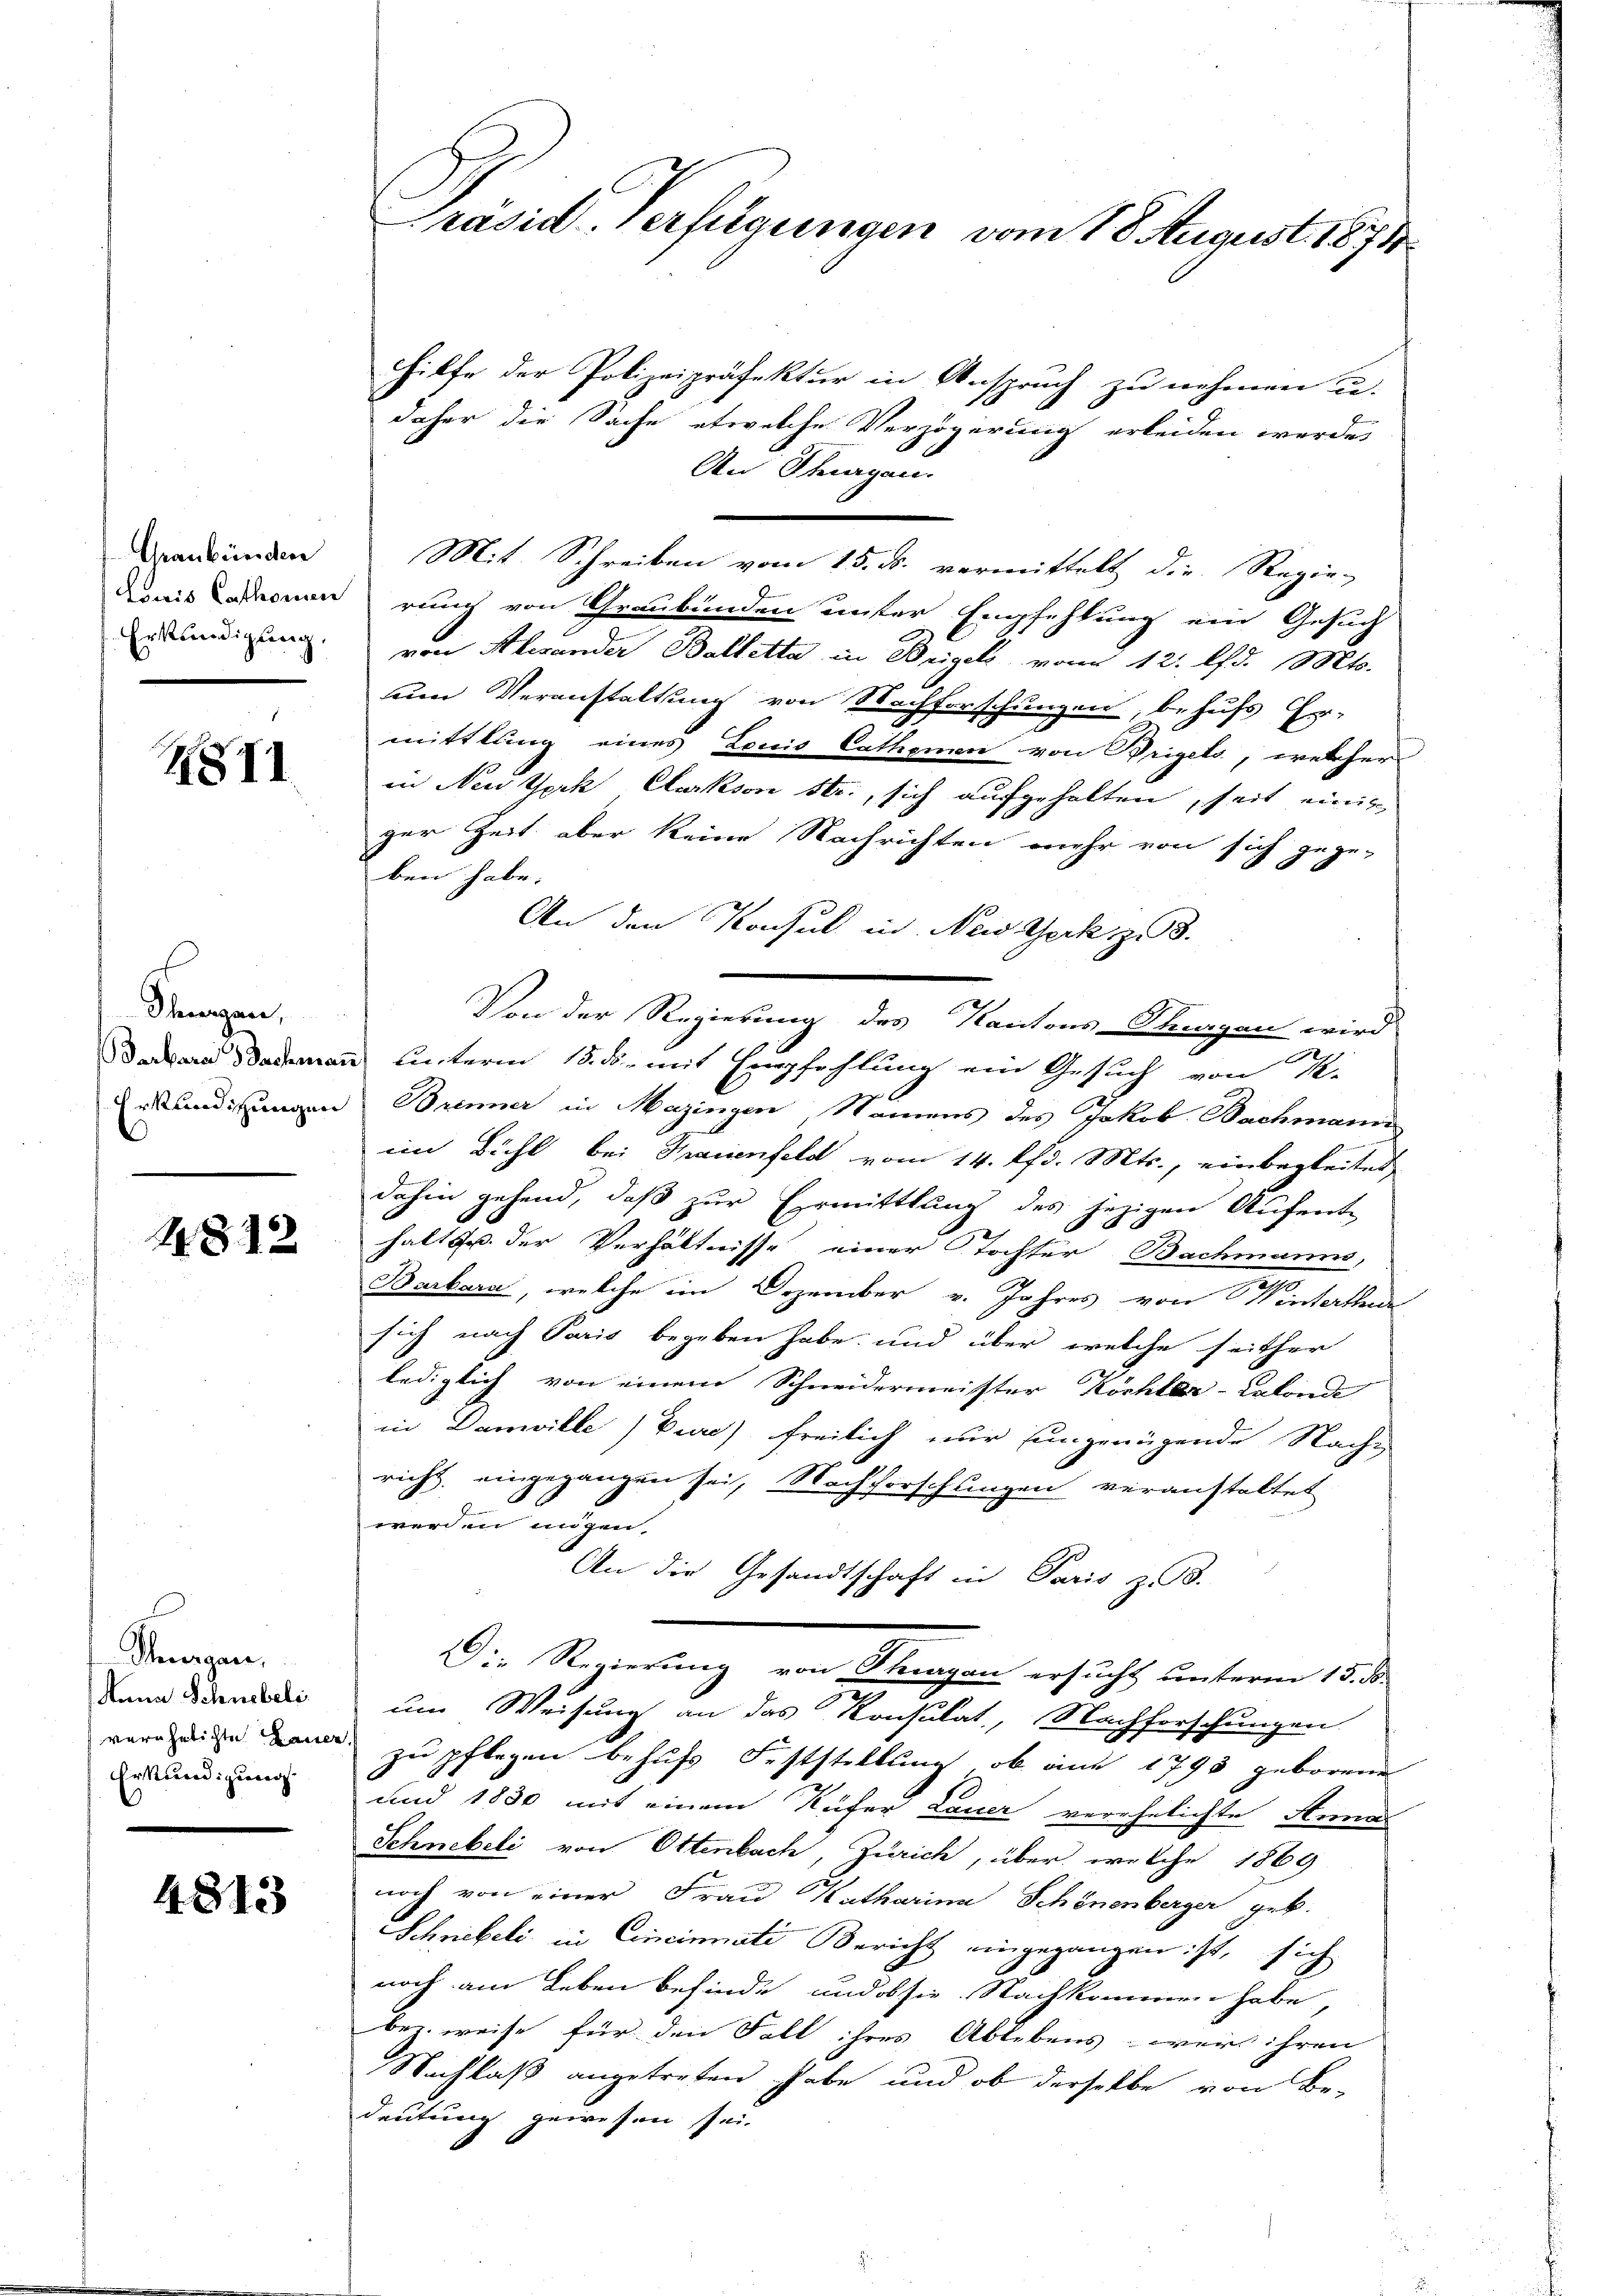
Graubünden
wis Cathomen
Erkundigung.

2811

Thurgau,
Darbara Sacheman
Erkundigungen

4812

Thurgau,
Anna Schnebeli
verehelichte Daue
Erkundigung

4813

räsid. Verfügungen vom 18 August 1878

Hilfe der Polizeipräfektur in Anspruch zu nehmen u.
daher die Sache etwelche Verzögerung erleiden werde,
An Stiegen.
6
Mit Schreiben vom 15. ds. vermittelt die Regie-
rung von Graubünden unter Empfehlung ein Gesuch
von Alexander Balletta in Beigels vom 12. lfd. Mts.
um Veranstaltung von Nachforschungen, behufs Er-
mittlung eines Louis Cathemen von Brigets, welcher
in Nestock Clarkson str., sich aufgehalten, seit einig
ger Zeit aber keine Nachrichten mehr von sich gege-
ben habe.
An den Konsul in New York z.
Cisterm 15. ds. mit Empfehlung ein Gesuch von P.
Brenner in Mazingen Namens des Jakob Bachmann
im Bühl bei Maienfeld vom 14. lfd. Mts., einbegleitet
dahin gehend, daß zur Ermittlung des jezigen Aufent-
halt u. der Verhältnisse einer Tochter Bachmanns,
Barbara, welche im Dezember v. Jahres von Winterthude
sich nach Paris begeben habe, und über welche seither
lediglich von einem Schneidermeister Köchler-Calonde
in Damville Bure) freilich nur ungenügende Nach-
richt eingegangen sei, Nachforschungen veranstaltet
werden ungen.
An die Gesandtschaft in Paris z. B.
Die Regierung von Thurgau ersucht unterm 15. ds.
um Weisung an das Konsulat, Nachforschungen
zu pflegen behufs Feststellung, ob aus 1795 geborene
und 1830 mit einem Küfer Lauer verehelichte Anna
Schnebeli von Ottenbach, Zürich, über welche 1869
noch von einer Frau Katharina Schönenberger geb.
Schnebeli in Cincinati Bericht eingegangen ist, sich
noch am Leben befinde, und ob sie Nachkommen habe,
bez. weise für den Fall ihres Ablebens wird ihren
Nachlaß angetreten habe und ob derselbe von Be-
deutung gewesen sei.

Von der Regierung des Kantons-Thurgan wird